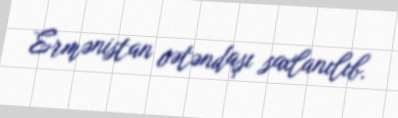
Ermənistan vətəndaşı saxlanılıb.